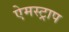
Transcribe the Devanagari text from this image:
ऐमस्ट्राप